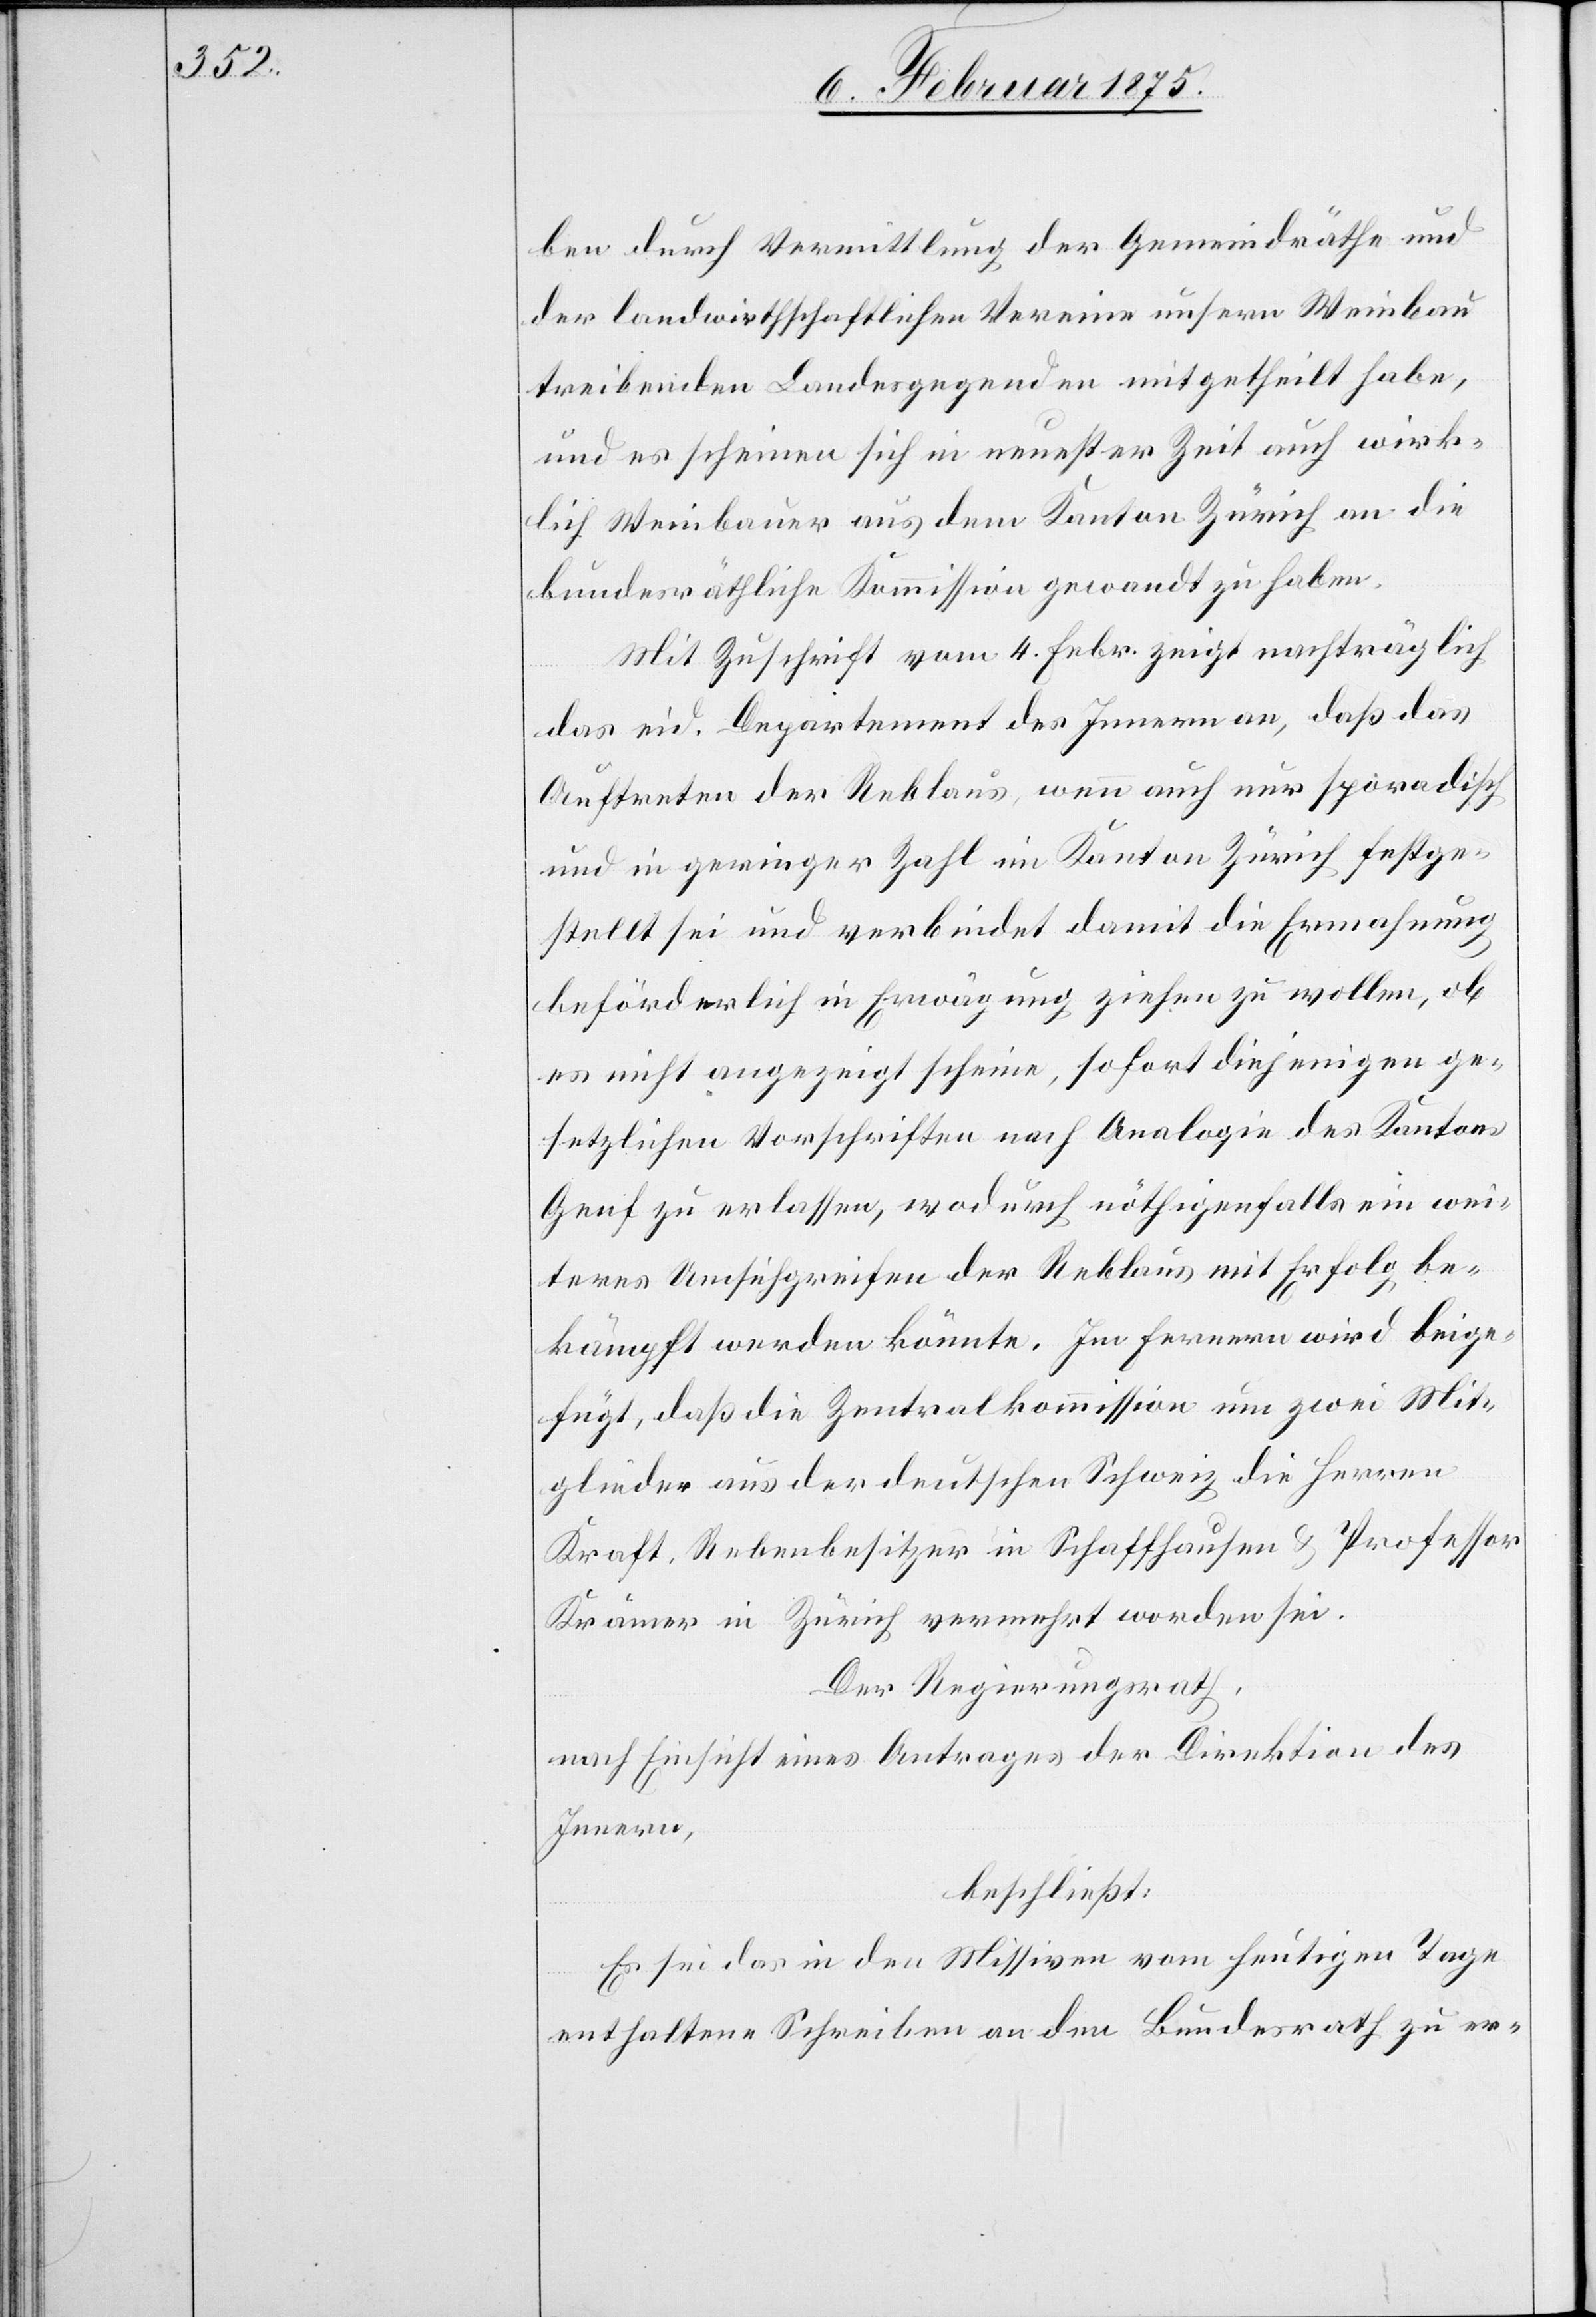
ben durch Vermittlung der Gemeindräthe und
der landwirthschaftlichen Vereine unsern Weinbau
treibenden Landesgegenden mitgetheilt habe,
und es scheinen sich in neuester Zeit auch wirk¬
lich Weinbauer[n] aus dem Kanton Zürich an die
bundesräthliche Kommission gewandt zu haben.
Mit Zuschrift vom 4. Febr. zeigt nachträglich
das eid. Departement des Innern an, daß das
Auftreten der Reblaus, wenn auch nur sporadisch
und in geringer Zahl im Kanton Zürich festge¬
stellt sei und verbindet damit die Ermahnung
beförderlich in Erwägung ziehen zu wollen, ob
es nicht angezeigt scheine, sofort diejenigen ge¬
setzlichen Vorschriften nach Analogie des Kantons
Genf zu erlassen, wodurch nöthigenfalls ein wei¬
teres Umsichgreifen der Reblaus mit Erfolg be¬
kämpft werden könnte. Im Fernern wird beige¬
fügt, daß die Zentralkommission um zwei Mit¬
glieder aus der deutschen Schweiz die Herren
Kraft, Rebenbesitzer in Schaffhausen & Professor
Krämer in Zürich vermehrt worden sei.
Der Regierungsrath,
nach Einsicht eines Antrages der Direktion des
Innern,
beschließt:
Es sei das in den Missiven vom heutigen Tage
enthaltene Schreiben an den Bundesrath zu er-